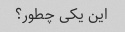
این یکی چطور؟